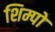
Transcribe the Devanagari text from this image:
शिम्पो